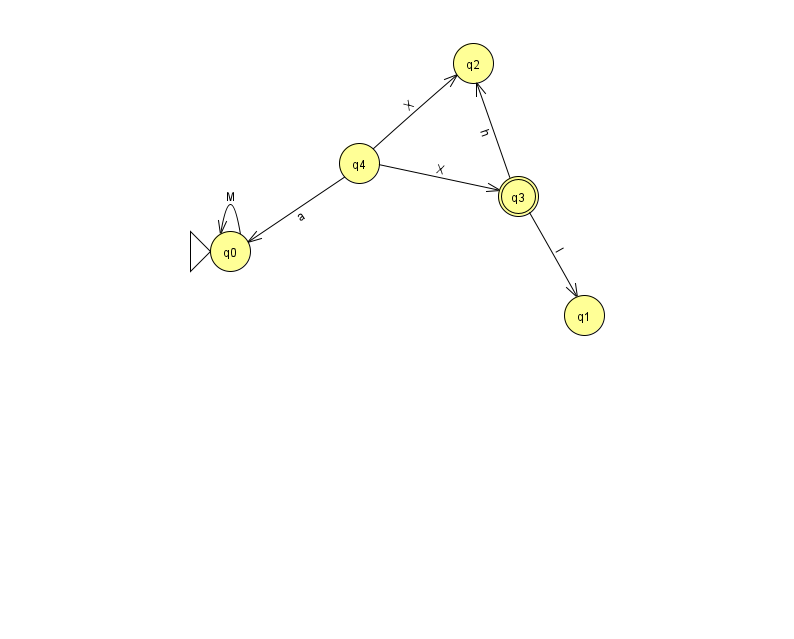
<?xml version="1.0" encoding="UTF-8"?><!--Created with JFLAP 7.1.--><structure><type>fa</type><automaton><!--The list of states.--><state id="0" name="q0"><x>230.0</x><y>238.0</y><initial/></state><state id="1" name="q1"><x>584.0</x><y>302.0</y></state><state id="2" name="q2"><x>473.0</x><y>50.0</y></state><state id="3" name="q3"><x>518.0</x><y>183.0</y><final/></state><state id="4" name="q4"><x>359.0</x><y>150.0</y></state><!--The list of transitions.--><transition><from>4</from><to>0</to><read>a</read></transition><transition><from>4</from><to>3</to><read>X</read></transition><transition><from>3</from><to>1</to><read>l</read></transition><transition><from>0</from><to>0</to><read>M</read></transition><transition><from>3</from><to>2</to><read>h</read></transition><transition><from>4</from><to>2</to><read>X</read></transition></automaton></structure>